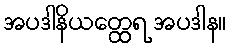
အပဒါနိယတ္ထေရ အပဒါန။